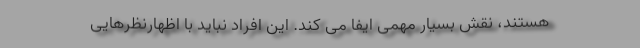
هستند، نقش بسیار مهمی ایفا می کند. این افراد نباید با اظهارنظرهایی